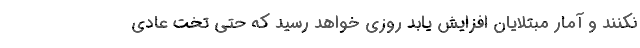
نکنند و آمار مبتلایان افزایش یابد روزی خواهد رسید که حتی تخت عادی